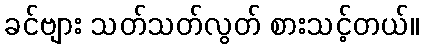
ခင်ဗျား သတ်သတ်လွတ် စားသင့်တယ်။